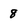
Character: 8